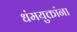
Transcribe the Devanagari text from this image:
धंमयुक्तांना